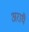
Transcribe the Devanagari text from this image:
अराधै